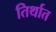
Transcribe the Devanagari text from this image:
तिर्थात